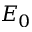
E _ { 0 }